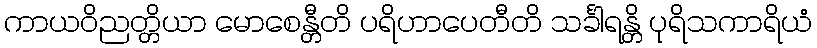
ကာယဝိညတ္တိယာ မောစေန္တီတိ ပရိဟာပေတီတိ သင်္ခါရန္တိ ပုရိသကာရိယံ